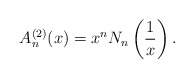
\begin{align*}A_n^{(2)}(x)=x^{n}N_n\left(\frac{1}{x}\right).\end{align*}